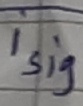
Text: isig